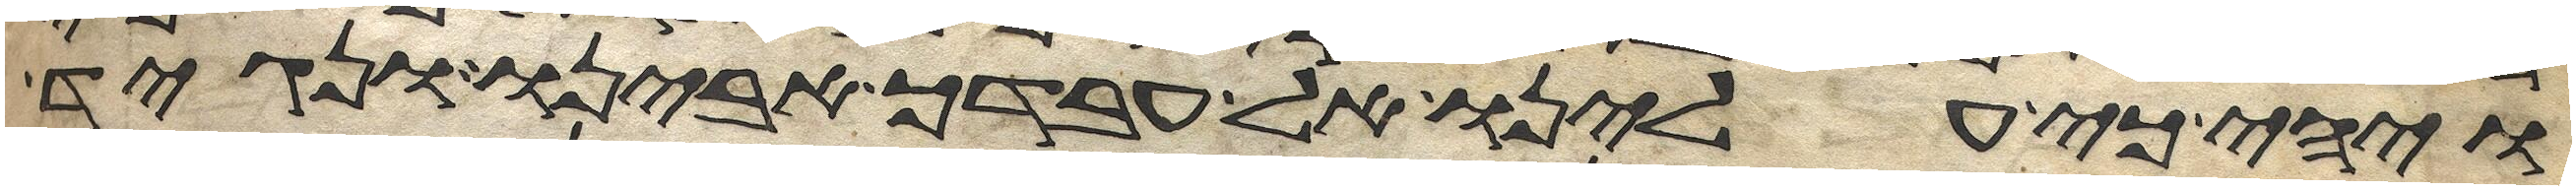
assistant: ויהי כי עלינו אל עבדך אבינו ונגיד